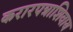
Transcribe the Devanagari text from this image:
करारपत्राशिवाय